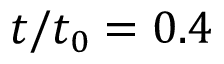
t / t _ { 0 } = 0 . 4